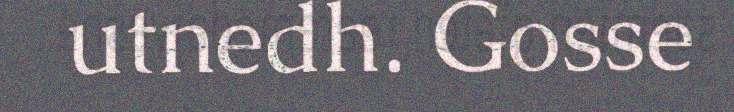
utnedh. Gosse